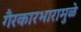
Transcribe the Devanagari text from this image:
गैरकारभारामुळे